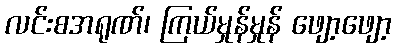
လင်းစအရုဏ်၊ ကြယ်မှုန်မှုန် ဖျော့ဖျော့